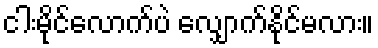
ငါးမိုင်လောက်ပဲ လျှောက်နိုင်မလား။